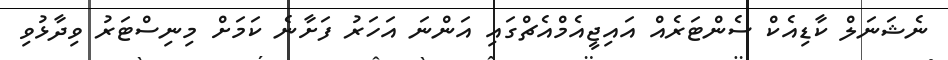
ނެޝަނަލް ކާޑިއެކް ސެންޓަރެއް އައިޖީއެމްއެޗްގައި އަންނަ އަހަރު ފަށާނެ ކަމަށް މިނިސްޓަރު ވިދާޅުވި